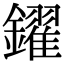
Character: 鑃